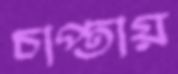
চাপ্তায়